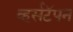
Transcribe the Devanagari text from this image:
व्हर्सटॅपन